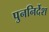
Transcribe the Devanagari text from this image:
पुननिर्देश